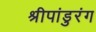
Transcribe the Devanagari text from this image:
श्रीपांडुरंग